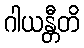
ဂါယန္တီတိ